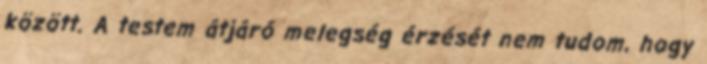
között. A testem átjáró melegség érzését nem tudom, hogy